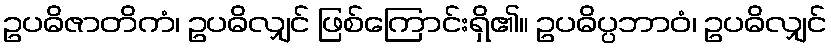
ဥပဓိဇာတိကံ၊ ဥပဓိလျှင် ဖြစ်ကြောင်းရှိ၏။ ဥပဓိပ္ပဘာဝံ၊ ဥပဓိလျှင်